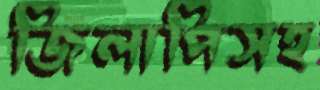
জিলাপিসহ